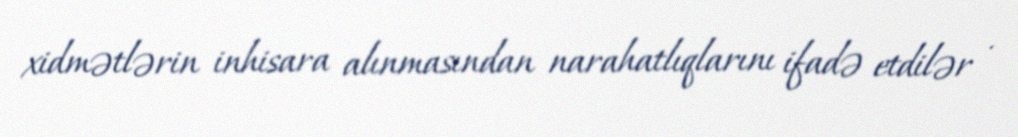
xidmətlərin inhisara alınmasından narahatlıqlarını ifadə etdilər .